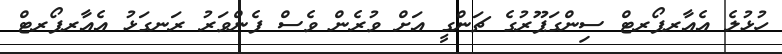
ހުޅުލެ އެއާރޕޯރޓް ސިންގަޕޫރުގެ ޗަންގީ އަށް ވުރެން ވެސް ފެންވަރު ރަނގަޅު އެއާރޕޯރޓް